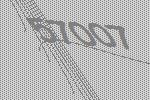
57007